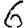
Digit: 6